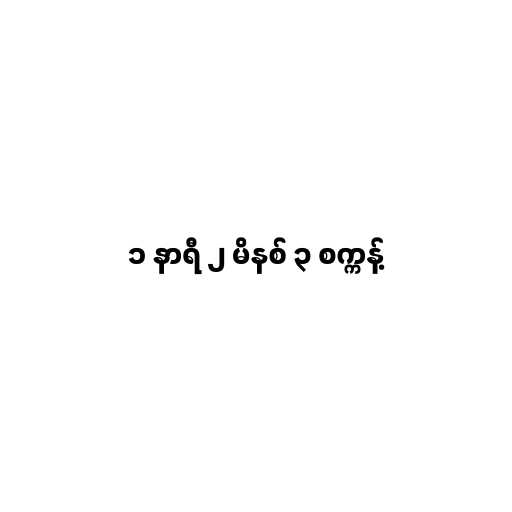
၁ နာရီ ၂ မိနစ် ၃ စက္ကန့်